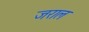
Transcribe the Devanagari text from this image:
जराल